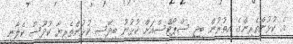
އެ ކުޅުންތެރިންގެ އިތުރުން ބީޖީ ސްޕޯޓްސްއަށް ކުޅުނު ބިދޭސީ ކުޅުންތެރިޔާ ކުދޫސް ކެލާނީ